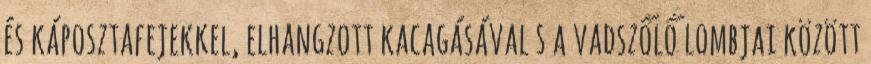
és káposztafejekkel, elhangzott kacagásával s a vadszőlő lombjai között